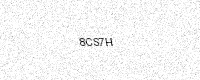
Text: 8CS7H